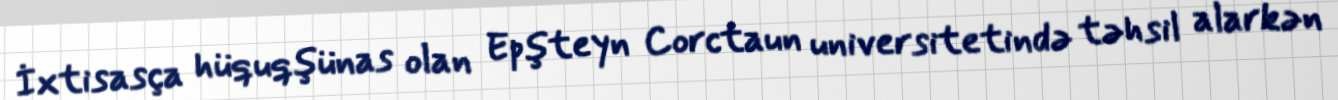
İxtisasça hüquqşünas olan Epşteyn Corctaun universitetində təhsil alarkən